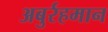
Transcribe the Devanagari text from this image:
अबुर्रहमान